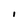
Character: I